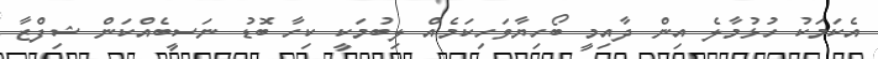
އެކަމަކު ހުޅުމާލެ އިން ދާއިމީ ބޯހިޔާވަހިކަމެއް ލިބުމަކީ ކިހާ ބޮޑު ނަސީބެއްކަން ޝިފްޒާ